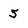
Character: 5